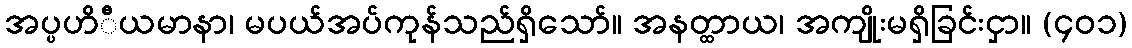
အပ္ပဟိီယမာနာ၊ မပယ်အပ်ကုန်သည်ရှိသော်။ အနတ္ထာယ၊ အကျိုးမရှိခြင်းငှာ။ (၄၀၁)